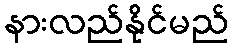
နားလည်နိုင်မည်